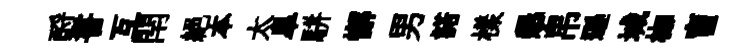
酹書互閈絕本太臯駢懈男諾樣懇帛遜城枷盲